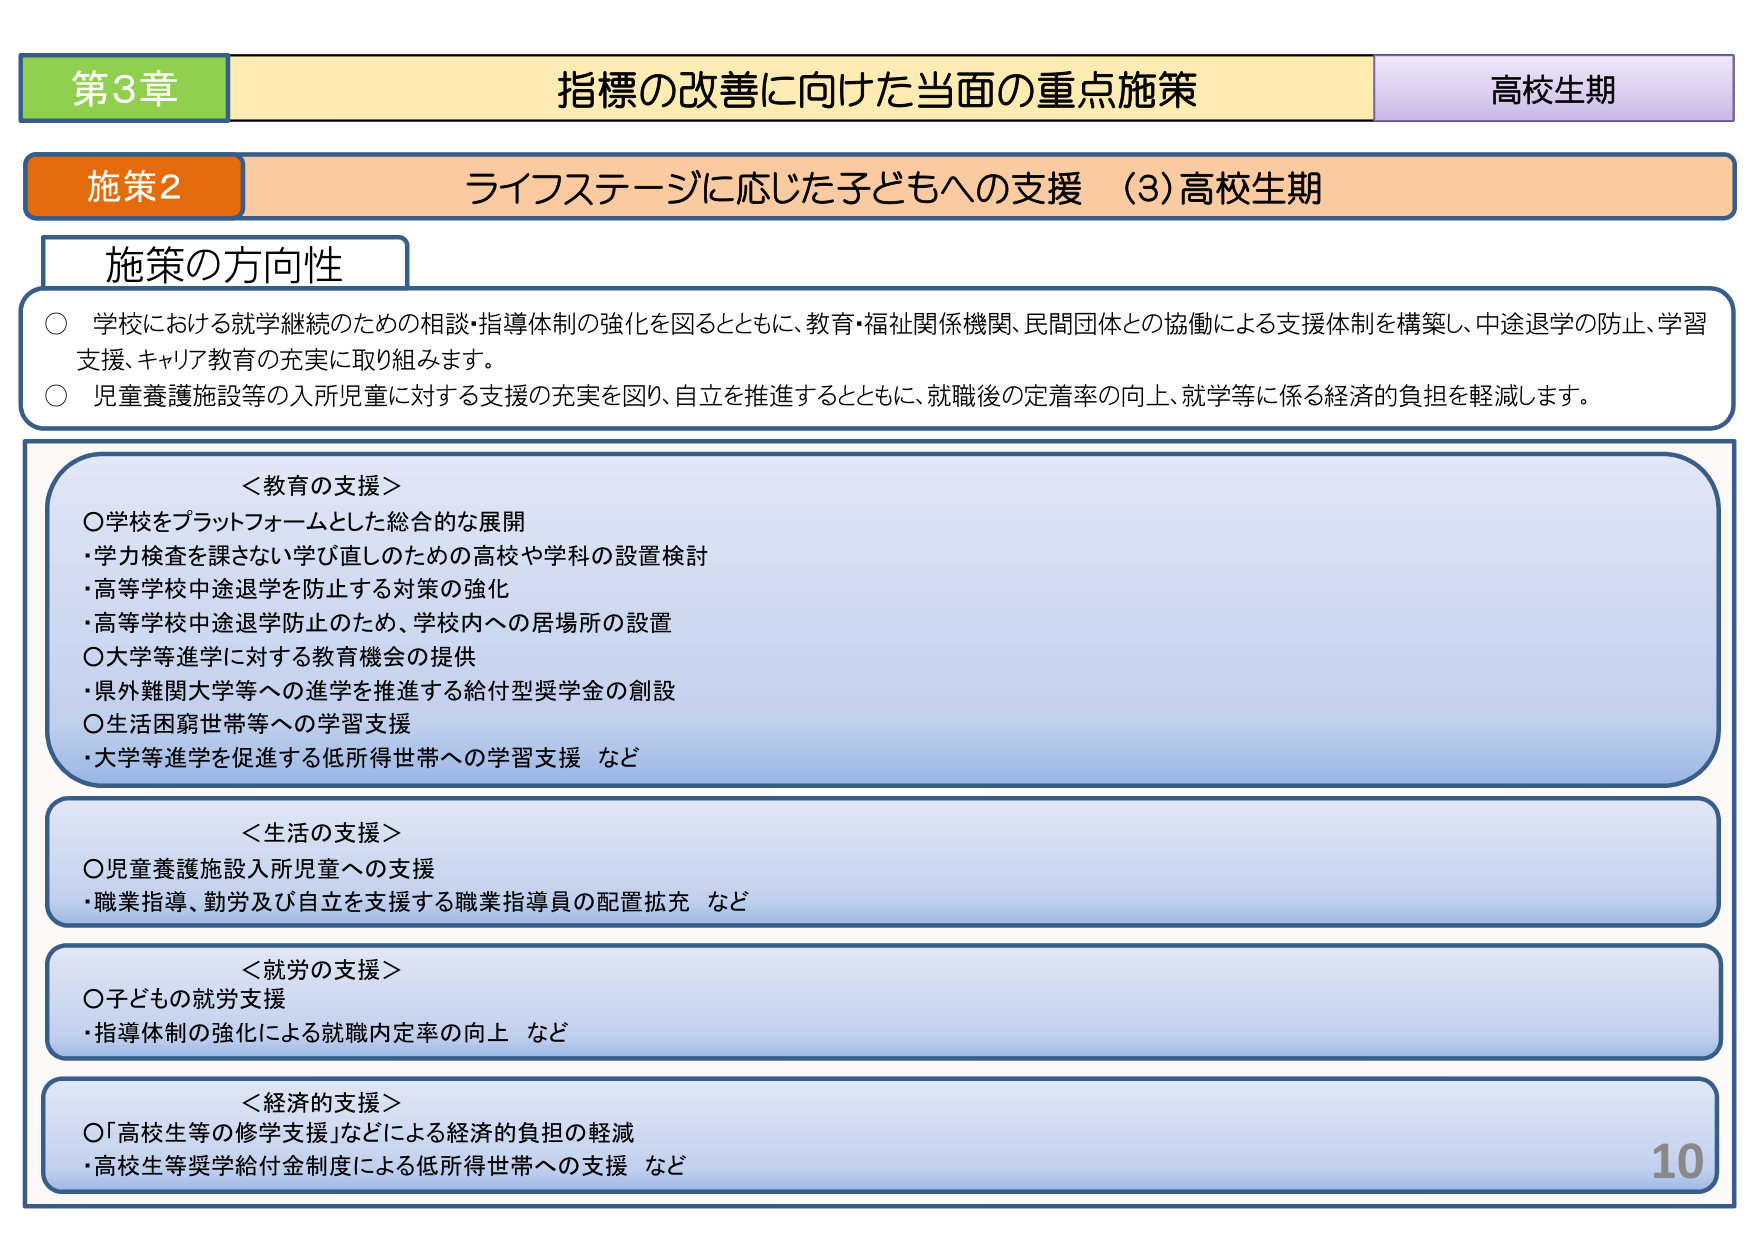
第3章 指標の改善に向けた当面の重点施策 高校生期
施策2 ライフステージに応じた子どもへの支援 （3）高校生期
施策の方向性
○ 学校における就学継続のための相談・指導体制の強化を図るとともに、教育・福祉関係機関、民間団体との協働による支援体制を構築し、中途退学の防止、学習支援、キャリア教育の充実に取り組みます。
○ 児童養護施設等の入所児童に対する支援の充実を図り、自立を推進するとともに、就職後の定着率の向上、就学等に係る経済的負担を軽減します。

＜教育の支援＞
○学校をプラットフォームとした総合的な展開
・学力検査を課さない学び直しのための高校や学科の設置検討
・高等学校中途退学を防止する対策の強化
・高等学校中途退学防止のため、学校内への居場所の設置
○大学等進学に対する教育機会の提供
・県外難関大学等への進学を推進する給付型奨学金の創設
○生活困窮世帯等への学習支援
・大学等進学を促進する低所得世帯への学習支援 など

＜生活の支援＞
○児童養護施設入所児童への支援
・職業指導、勤労及び自立を支援する職業指導員の配置拡充 など

＜就労の支援＞
○子どもの就労支援
・指導体制の強化による就職内定率の向上 など

＜経済的支援＞
○「高校生等の修学支援」などによる経済的負担の軽減
・高校生等奨学給付金制度による低所得世帯への支援 など

10